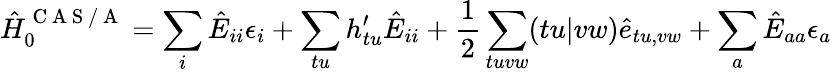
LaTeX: \hat{H}_{0}^{\mathrm{~C~A~S~/~A~}}=\sum_{i}\hat{E}_{ii}\epsilon_{i}+\sum_{tu}h_{tu}^{\prime}\hat{E}_{ii}+\frac{1}{2}\sum_{tuvw}(tu|vw)\hat{e}_{tu,vw}+\sum_{a}\hat{E}_{aa}\epsilon_{a}